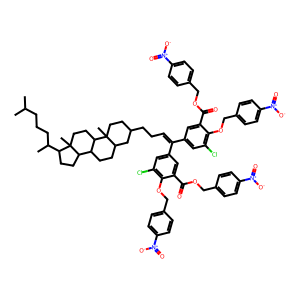
SMILES: CC(C)CCCC(C)C1CCC2C3CCC4CC(CCC=C(c5cc(Cl)c(OCc6ccc([N+](=O)[O-])cc6)c(C(=O)OCc6ccc([N+](=O)[O-])cc6)c5)c5cc(Cl)c(OCc6ccc([N+](=O)[O-])cc6)c(C(=O)OCc6ccc([N+](=O)[O-])cc6)c5)CCC4(C)C3CCC12C
Inhibits HIV replication: Yes